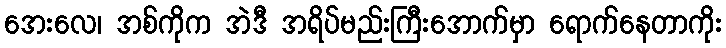
အေးလေ၊ အစ်ကိုက အဲဒီ အရိပ်မည်းကြီးအောက်မှာ ရောက်နေတာကိုး